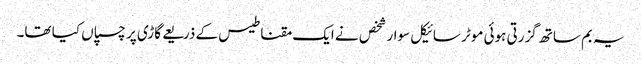
یہ بم ساتھ گزرتی ہوئی موٹر سائیکل سوار شخص نے ایک مقناطیس کے ذریعے گاڑی پر چسپاں کیا تھا۔